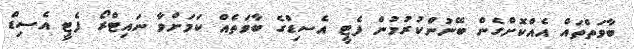
ބާވަތްތައް އެއްކޮށްގެން ބޭނުންކުރުމުން ފެޓީ އެސިޑްގެ ބާވަތެއް ކަމަށްވާ ނައިޓްރޯ ފެޓީ އެސިޑް